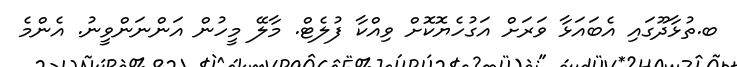
ބ.ތުޅާދޫގަައި އެބައަޅާ ވަރަށް އަގުހެޔޮކޮށް ވިއްކާ ފުލެޓް. މާލޭ މީހުން އަންނަންވީނު. އެންމެ